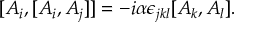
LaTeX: [ A _ { i } , [ A _ { i } , A _ { j } ] ] = - i \alpha \epsilon _ { j k l } [ A _ { k } , A _ { l } ] .